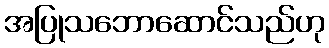
အပြုသဘောဆောင်သည်ဟု